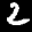
Label: 2